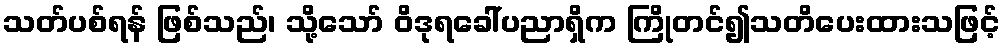
သတ်ပစ်ရန် ဖြစ်သည်၊ သို့သော် ဝိဒုရခေါ်ပညာရှိက ကြိုတင်၍သတိပေးထားသဖြင့်